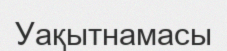
Уақытнамасы